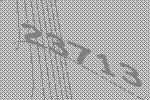
23713